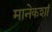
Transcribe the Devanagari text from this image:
मानेकशां